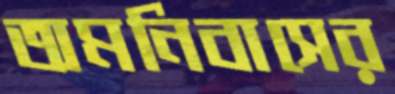
অমনিবাসের